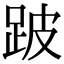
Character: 跛